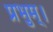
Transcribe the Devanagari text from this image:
प्रभुम्।